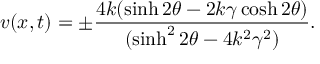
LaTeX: v ( x , t ) = \pm \frac { 4 k ( \sinh 2 \theta - 2 k \gamma \cosh 2 \theta ) } { ( \sinh ^ { 2 } 2 \theta - 4 k ^ { 2 } \gamma ^ { 2 } ) } .